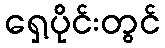
ရှေ့ပိုင်းတွင်